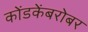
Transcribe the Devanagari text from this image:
कोंडकेंबरोबर